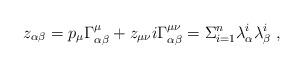
LaTeX: \begin{align*}z_{\alpha \beta}= p_\mu \Gamma^\mu_{\alpha\beta} + z_{\mu\nu }i\Gamma^{\mu\nu}_{\alpha\beta}= \Sigma_{i=1}^n \lambda^i_{\alpha}\lambda^i_{\beta}\; ,\end{align*}